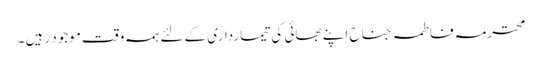
محترمہ فاطمہ جناح اپنے بھائی کی تیمارداری کے لئے ہمہ وقت موجود رہیں ۔